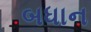
બધાન